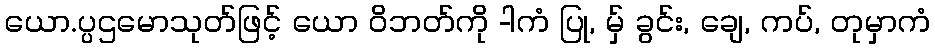
ယော.ပ္ပဌမောသုတ်ဖြင့် ယော ဝိဘတ်ကို -ါကံ ပြု, မ်ှ ခွင်း, ချေ, ကပ်, တုမှာကံ